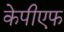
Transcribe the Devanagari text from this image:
केपीएफ